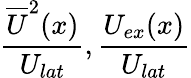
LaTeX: \frac{\overline{{U}}^{2}(x)}{U_{lat}},\frac{U_{ex}(x)}{U_{lat}}